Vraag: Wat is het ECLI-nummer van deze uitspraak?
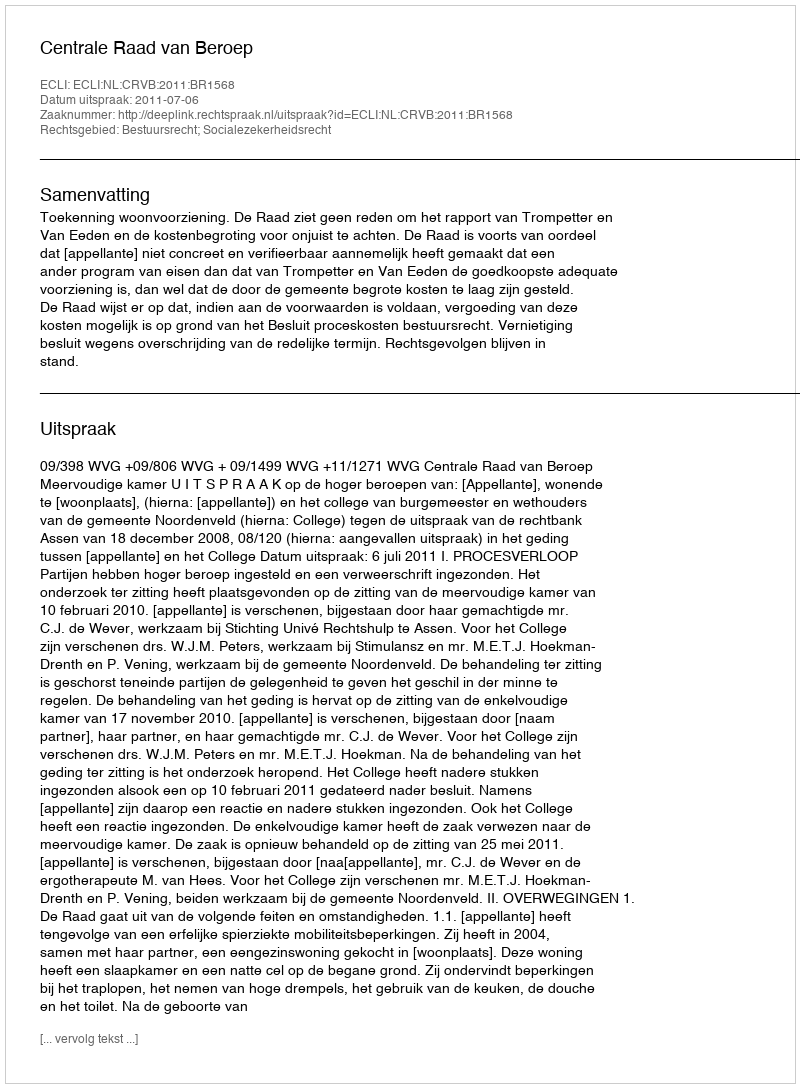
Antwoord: ECLI:NL:CRVB:2011:BR1568